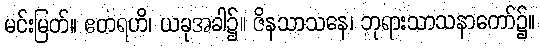
မင်းမြတ်။ ဧတရဟိ၊ ယခုအခါ၌။ ဇိနသာသနေ၊ ဘုရားသာသနာတော်၌။